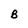
Character: B